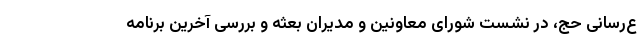
ع‌رسانی حج، در نشست شورای معاونین و مدیران بعثه و بررسی آخرین برنامه